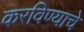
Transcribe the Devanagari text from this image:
करविण्याचे